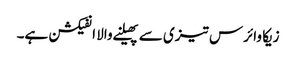
زیکا وائرس تیزی سے پھیلنے والا انفیکشن ہے۔